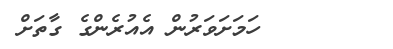
٦       ހަމަށަވަރުން އެއުރެންގެ ގާތަށް